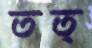
তত্